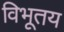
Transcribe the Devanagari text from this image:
विभूतय